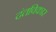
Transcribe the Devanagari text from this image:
दंतविकार